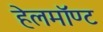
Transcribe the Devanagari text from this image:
हेलमॉण्ट